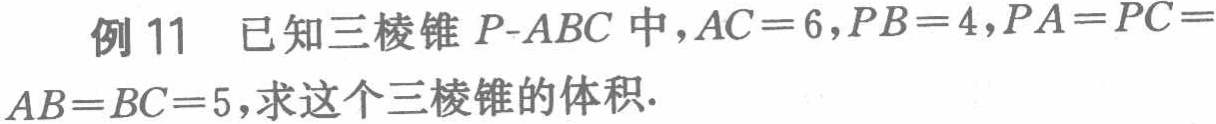
例 11 已知三棱锥 \(P - ABC\) 中，\(AC = 6\)，\(PB = 4\)，\(PA = PC = AB = BC = 5\)，求这个三棱锥的体积.